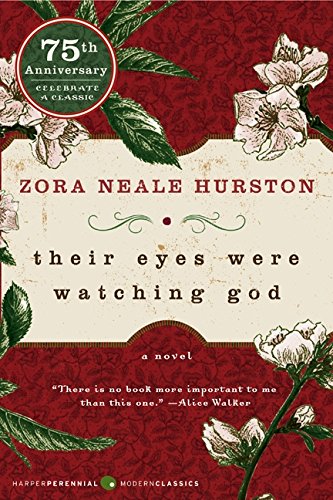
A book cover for Their Eyes Were Watching God; Zora Neale Hurston; Mystery, Thriller & Suspense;